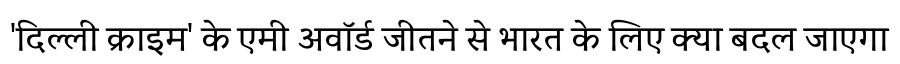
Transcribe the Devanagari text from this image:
'दिल्ली क्राइम' के एमी अवॉर्ड जीतने से भारत के लिए क्या बदल जाएगा